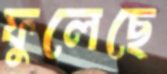
ফুলেছে